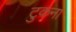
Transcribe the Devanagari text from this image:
टुकना